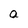
Character: a